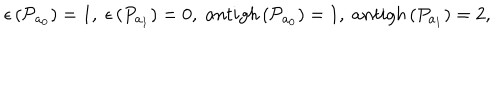
\epsilon \left( { \cal P } _ { a _ { 0 } } \right) = 1 , \; \epsilon \left( P _ { a _ { 1 } } \right) = 0 , \; a n t i g h \left( { \cal P } _ { a _ { 0 } } \right) = 1 , \; a n t i g h \left( P _ { a _ { 1 } } \right) = 2 ,